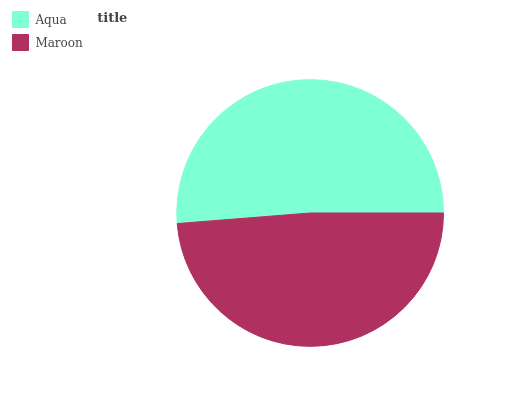
| Aqua | Maroon |
 | --- | --- |
 | 51.3% | 48.7% |